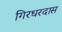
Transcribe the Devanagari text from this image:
गिरधरदास